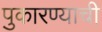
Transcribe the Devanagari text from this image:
पुकारण्याची